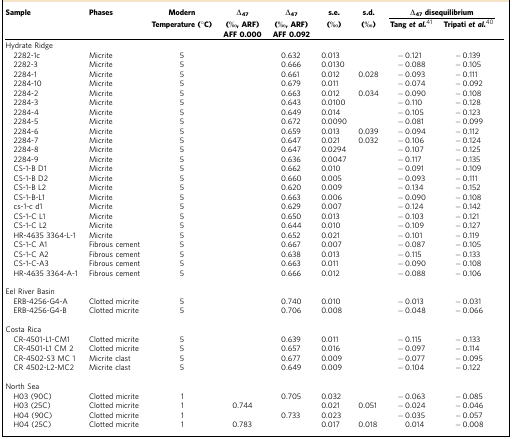
<table><thead><tr><td><b>Sample</b></td><td><b>Phases</b></td><td><b>Modern</b></td><td><b>Δ<sub>47</sub></b></td><td><b>Δ<sub>47</sub></b></td><td><b>s.e.</b></td><td><b>s.d.</b></td><td colspan="2"><b>Δ<sub>47</sub>disequilibrium</b></td><td><b> </b></td></tr><tr><td><b> </b></td><td><b> </b></td><td><b>Temperature (°C)</b></td><td><b>(‰, ARF)</b></td><td><b>(‰, ARF)</b></td><td><b>(‰)</b></td><td><b>(‰)</b></td><td><b>Tang<i>et al.</i>41</b></td><td><b>Tripati<i>et al.</i>40</b></td><td><b> </b></td></tr><tr><td><b> </b></td><td><b> </b></td><td><b> </b></td><td><b>AFF 0.000</b></td><td><b>AFF 0.092</b></td><td><b> </b></td><td><b> </b></td><td><b> </b></td><td><b> </b></td><td><b> </b></td></tr></thead><tbody><tr><td colspan="9">Hydrate Ridge</td></tr><tr><td> 2282-1c</td><td>Micrite</td><td>5</td><td> </td><td>0.632</td><td>0.013</td><td> </td><td>−0.121</td><td>−0.139</td></tr><tr><td> 2282-3</td><td>Micrite</td><td>5</td><td> </td><td>0.666</td><td>0.0130</td><td> </td><td>−0.088</td><td>−0.105</td></tr><tr><td> 2284-1</td><td>Micrite</td><td>5</td><td> </td><td>0.661</td><td>0.012</td><td>0.028</td><td>−0.093</td><td>−0.111</td></tr><tr><td> 2284-10</td><td>Micrite</td><td>5</td><td> </td><td>0.679</td><td>0.011</td><td> </td><td>−0.074</td><td>−0.092</td></tr><tr><td> 2284-2</td><td>Micrite</td><td>5</td><td> </td><td>0.663</td><td>0.012</td><td>0.034</td><td>−0.090</td><td>−0.108</td></tr><tr><td> 2284-3</td><td>Micrite</td><td>5</td><td> </td><td>0.643</td><td>0.0100</td><td> </td><td>−0.110</td><td>−0.128</td></tr><tr><td> 2284-4</td><td>Micrite</td><td>5</td><td> </td><td>0.649</td><td>0.014</td><td> </td><td>−0.105</td><td>−0.123</td></tr><tr><td> 2284-5</td><td>Micrite</td><td>5</td><td> </td><td>0.672</td><td>0.0090</td><td> </td><td>−0.081</td><td>−0.099</td></tr><tr><td> 2284-6</td><td>Micrite</td><td>5</td><td> </td><td>0.659</td><td>0.013</td><td>0.039</td><td>−0.094</td><td>−0.112</td></tr><tr><td> 2284-7</td><td>Micrite</td><td>5</td><td> </td><td>0.647</td><td>0.021</td><td>0.032</td><td>−0.106</td><td>−0.124</td></tr><tr><td> 2284-8</td><td>Micrite</td><td>5</td><td> </td><td>0.647</td><td>0.0294</td><td> </td><td>−0.107</td><td>−0.125</td></tr><tr><td> 2284-9</td><td>Micrite</td><td>5</td><td> </td><td>0.636</td><td>0.0047</td><td> </td><td>−0.117</td><td>−0.135</td></tr><tr><td> CS-1-B D1</td><td>Micrite</td><td>5</td><td> </td><td>0.662</td><td>0.010</td><td> </td><td>−0.091</td><td>−0.109</td></tr><tr><td> CS-1-B D2</td><td>Micrite</td><td>5</td><td> </td><td>0.660</td><td>0.005</td><td> </td><td>−0.093</td><td>−0.111</td></tr><tr><td> CS-1-B L2</td><td>Micrite</td><td>5</td><td> </td><td>0.620</td><td>0.009</td><td> </td><td>−0.134</td><td>−0.152</td></tr><tr><td> CS-1-B-L1</td><td>Micrite</td><td>5</td><td> </td><td>0.663</td><td>0.006</td><td> </td><td>−0.090</td><td>−0.108</td></tr><tr><td> cs-1-c d1</td><td>Micrite</td><td>5</td><td> </td><td>0.629</td><td>0.007</td><td> </td><td>−0.124</td><td>−0.142</td></tr><tr><td> CS-1-C L1</td><td>Micrite</td><td>5</td><td> </td><td>0.650</td><td>0.013</td><td> </td><td>−0.103</td><td>−0.121</td></tr><tr><td> CS-1-C L2</td><td>Micrite</td><td>5</td><td> </td><td>0.644</td><td>0.010</td><td> </td><td>−0.109</td><td>−0.127</td></tr><tr><td> HR-4635 3364-L-1</td><td>Micrite</td><td>5</td><td> </td><td>0.652</td><td>0.021</td><td> </td><td>−0.101</td><td>−0.119</td></tr><tr><td> CS-1-C A1</td><td>Fibrous cement</td><td>5</td><td> </td><td>0.667</td><td>0.007</td><td> </td><td>−0.087</td><td>−0.105</td></tr><tr><td> CS-1-C A2</td><td>Fibrous cement</td><td>5</td><td> </td><td>0.638</td><td>0.013</td><td> </td><td>−0.115</td><td>−0.133</td></tr><tr><td> CS-1-C-A3</td><td>Fibrous cement</td><td>5</td><td> </td><td>0.663</td><td>0.011</td><td> </td><td>−0.090</td><td>−0.108</td></tr><tr><td> HR-4635 3364-A-1</td><td>Fibrous cement</td><td>5</td><td> </td><td>0.666</td><td>0.012</td><td> </td><td>−0.088</td><td>−0.106</td></tr><tr><td> </td><td> </td><td> </td><td> </td><td> </td><td> </td><td> </td><td> </td><td> </td></tr><tr><td colspan="9">Eel River Basin</td></tr><tr><td> ERB-4256-G4-A</td><td>Clotted micrite</td><td>5</td><td> </td><td>0.740</td><td>0.010</td><td> </td><td>−0.013</td><td>−0.031</td></tr><tr><td> ERB-4256-G4-B</td><td>Clotted micrite</td><td>5</td><td> </td><td>0.706</td><td>0.008</td><td> </td><td>−0.048</td><td>−0.066</td></tr><tr><td> </td><td> </td><td> </td><td> </td><td> </td><td> </td><td> </td><td> </td><td> </td></tr><tr><td colspan="9">Costa Rica</td></tr><tr><td> CR-4501-L1-CM1</td><td>Clotted micrite</td><td>5</td><td> </td><td>0.639</td><td>0.011</td><td> </td><td>−0.115</td><td>−0.133</td></tr><tr><td> CR-4501-L1 CM 2</td><td>Clotted micrite</td><td>5</td><td> </td><td>0.657</td><td>0.016</td><td> </td><td>−0.097</td><td>−0.114</td></tr><tr><td> CR-4502-S3 MC 1</td><td>Micrite clast</td><td>5</td><td> </td><td>0.677</td><td>0.009</td><td> </td><td>−0.077</td><td>−0.095</td></tr><tr><td> CR 4502-L2-MC2</td><td>Micrite clast</td><td>5</td><td> </td><td>0.649</td><td>0.009</td><td> </td><td>−0.104</td><td>−0.122</td></tr><tr><td> </td><td> </td><td> </td><td> </td><td> </td><td> </td><td> </td><td> </td><td> </td></tr><tr><td colspan="9">North Sea</td></tr><tr><td> H03 (90C)</td><td>Clotted micrite</td><td>1</td><td> </td><td>0.705</td><td>0.032</td><td> </td><td>−0.063</td><td>−0.085</td></tr><tr><td> H03 (25C)</td><td>Clotted micrite</td><td>1</td><td>0.744</td><td> </td><td>0.021</td><td>0.051</td><td>−0.024</td><td>−0.046</td></tr><tr><td> H04 (90C)</td><td>Clotted micrite</td><td>1</td><td> </td><td>0.733</td><td>0.023</td><td> </td><td>−0.035</td><td>−0.057</td></tr><tr><td> H04 (25C)</td><td>Clotted micrite</td><td>1</td><td>0.783</td><td> </td><td>0.017</td><td>0.018</td><td>0.014</td><td>−0.008</td></tr></tbody></table>